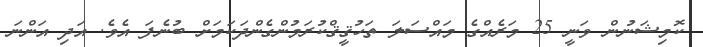
ކޮމިޝަނުން ވަނީ 25 މަރެއްގެ މައްސަލަ ތަހުޤީޤްކުރަމުންގެންދަކަމަށް ބުނެފަ އެވެ. އަދި އަންނަ